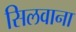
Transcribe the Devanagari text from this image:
सिलवाना